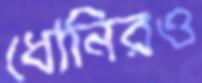
ধোনিরও